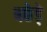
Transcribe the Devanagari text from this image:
बछेड़े